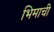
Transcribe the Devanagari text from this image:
भिमाची